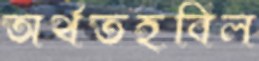
অর্থতহবিল